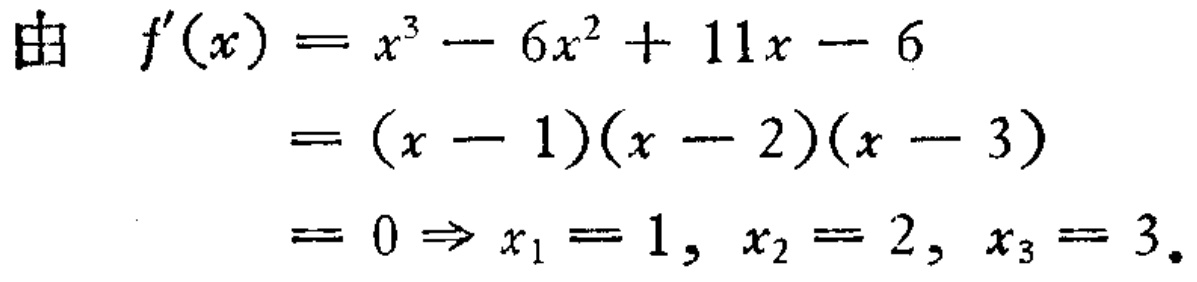
由 \(f^{\prime}(x)=x^{3}-6x^{2}+11x - 6\)
\(=(x - 1)(x - 2)(x - 3)\)
\(=0\Rightarrow x_{1}=1,\ x_{2}=2,\ x_{3}=3.\)